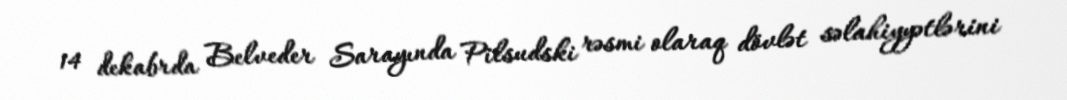
14 dekabrda Belveder Sarayında Pilsudski rəsmi olaraq dövlət səlahiyyətlərini